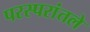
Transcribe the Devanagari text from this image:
परस्परांतले